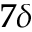
7 \delta